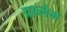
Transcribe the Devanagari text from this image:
प्राब्लेम